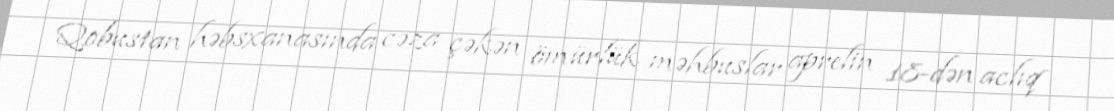
Qobustan həbsxanasında cəza çəkən ömürlük məhbuslar aprelin 18-dən aclıq